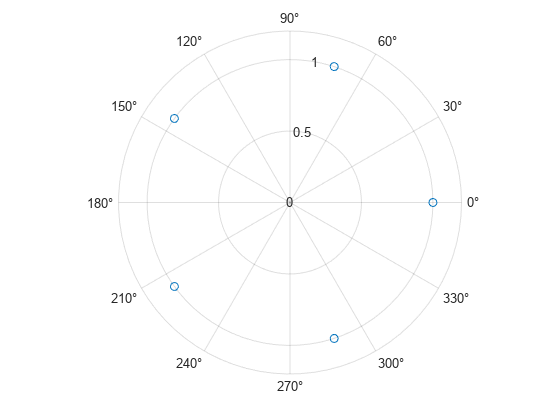
matlab, polarplot